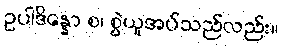
ဥပါဒိန္နော စ၊ စွဲယူအပ်သည်လည်း။